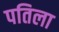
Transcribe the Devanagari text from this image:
पतिला